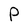
Character: P